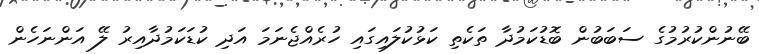
ބޭނުންކުރުމުގެ ސަބަބުން ބޮޑުކަމުދާ ތަކެތި ކަޅުކުލައިގައި ހުރެއްޖެނަމަ އަދި ކުޑަކަމުދާއިރު ލޭ އަންނަހެން